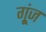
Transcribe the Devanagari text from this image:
गू्ंज